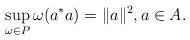
LaTeX: \begin{align*}\sup_{\omega\in P}\omega(a^*a)=\|a\|^2, a\in A.\end{align*}